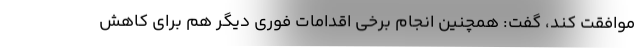
موافقت کند، گفت: همچنین انجام برخی اقدامات فوری دیگر هم برای کاهش